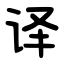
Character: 译